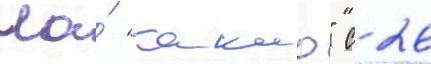
На́ "такао" с 26